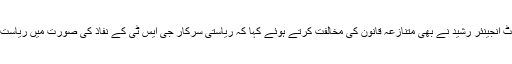
وامی اتحاد پارٹی کے سربراہ اور ممبر اسمبلی لنگیٹ انجینئر رشید نے بھی متنازعہ قانون کی مخالفت کرتے ہوئے کہا کہ ریاستی سرکار جی ایس ٹی کے نفاذ کی صورت میں ریاست کے سبھی اختیارات کو سرنڈر کرنے جا رہی ہے۔